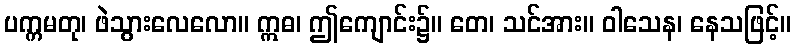
ပက္ကမတု၊ ဖဲသွားလေလော။ ဣဓ၊ ဤကျောင်း၌။ တေ၊ သင်အား။ ဝါသေန၊ နေသဖြင့်။